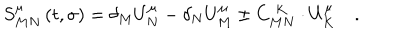
LaTeX: S _ { M N } ^ { \mu } \left( t , \sigma \right) = \delta _ { M } U _ { N } ^ { \mu } - \delta _ { N } U _ { M } ^ { \mu } \pm C _ { M N } ^ { \; K } \cdot U _ { K } ^ { \mu } \quad .